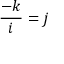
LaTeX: { \frac { - k } { i } } = j